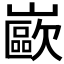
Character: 𰎼